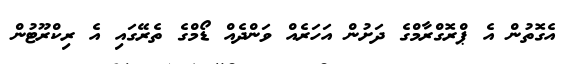
އެގޮތުން އެ ޕްރޮގްރާމްގެ ދަށުން އަހަރެއް ވަންދެއް ޑޯމްގެ ތެރޭގައި އެ ރިކްރޫޓުން